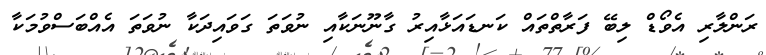
ރަންލާރި އެވޯޑް ލިބޭ ފަރާތްތައް ކަނޑައަޅާއިރު ގާނޫނަކާއި ނުވަތަ ގަވައިދަކާ ނުވަތަ އެއްބަސްވުމަކާ